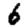
Digit: 6